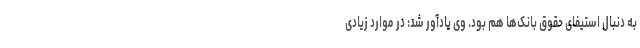
به دنبال استیفای حقوق بانک‌ها هم بود. وی یادآور شد: در موارد زیادی